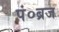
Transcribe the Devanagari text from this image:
पं०ब्रज